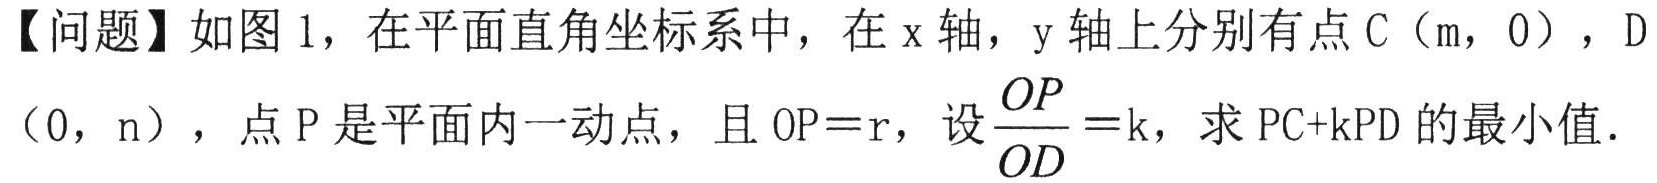
【问题】如图 1，在平面直角坐标系中，在 x 轴，y 轴上分别有点 C（m，0），D（0，n），点 P 是平面内一动点，且 \(OP = r\)，设\(\frac{OP}{OD}=k\)，求 \(PC + kPD\) 的最小值．